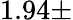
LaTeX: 1.94\pm